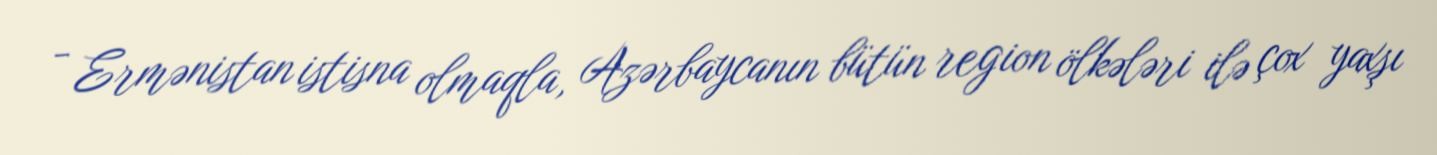
- Ermənistan istisna olmaqla, Azərbaycanın bütün region ölkələri ilə çox yaxşı